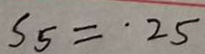
S _ { 5 } = \cdot 2 5